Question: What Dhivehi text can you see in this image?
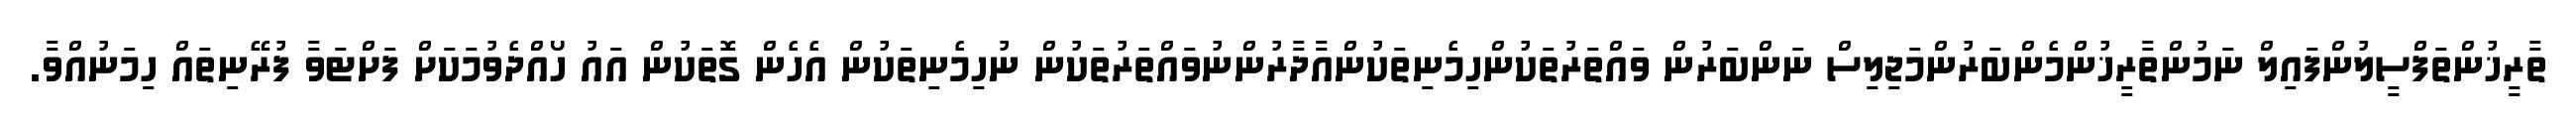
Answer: ތާރީޚުންތަފްސީލުންފައިލް ނަމުންތާރީޚުންމެންބަރުންމަޖިލިސް ނަންބަރުން ވައްތަރުތަކުންހިމެނިތަކުންއާދާރުންނުވައްތަރުތަކުން ނުހިމެނިތަކުން އެހެން ގޮތަކުން އައު ހޯއްދެވުމަކަށް ފަށްޓަވާ ފުރޭނިތައް ހިމަނުއްވާ.